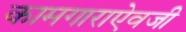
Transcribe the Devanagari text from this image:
कामगाराऐवजी